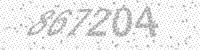
Solution: 867204